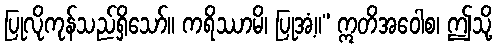
ပြုလိုကုန်သည်ရှိသော်။ ကရိဿာမိ၊ ပြုအံ့။” ဣတိအဝေါစ၊ ဤသို့